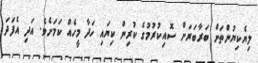
ލިޔެކިޔުންތަށް ބަރާބަރަށް ސޮއިކުރުމުގެ ކުރިން ކިޔައި ހަދާ މީހެއް ކަމަށެވެ. އަދި އެފަދަ